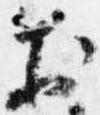
於